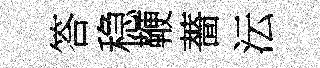
答稳鞭薔沄